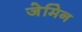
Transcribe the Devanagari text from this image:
जेमिन